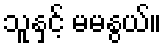
သူနှင့် မမနွယ်။